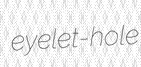
eyelet-hole